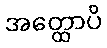
အတ္ထောပိ